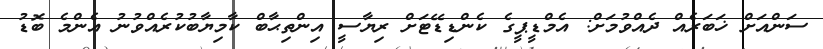
ސަންއަށް ޚަބަރެއް ދެއްވުމަށް: އެމްޑީޕީގެ ކެންޑިޑޭޓަށް ރިޔާސީ އިންތިޙާބް ކާމިޔާބުކުރެއްވުނު އެންމެ ބޮޑު